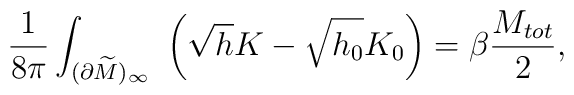
{1\over 8\pi}\int_{(\partial \widetilde M)_\infty}\ \left(\sqrt{h}K-\sqrt{h_0}K_0\right) = \beta {M_{tot} \over 2},